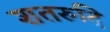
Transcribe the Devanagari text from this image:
शतरुद्रि